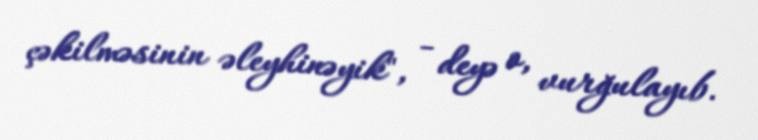
çəkilməsinin əleyhinəyik", - deyə o, vurğulayıb.